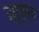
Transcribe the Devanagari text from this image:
आङ्ल